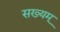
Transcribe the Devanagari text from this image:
सख्यम्